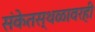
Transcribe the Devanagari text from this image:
संकेतस्थळावरही